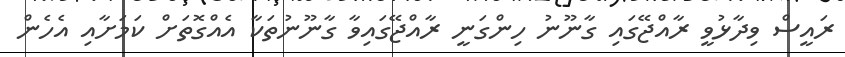
ރައީސް ވިދާޅުވީ ރާއްޖޭގައި ގާނޫނު ހިންގަނީ ރާއްޖޭގައިވާ ގާނޫނުތަކާ އެއްގޮތަށް ކަމަށާއި އެހެން